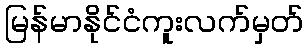
မြန်မာနိုင်ငံကူးလက်မှတ်